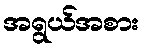
အရွယ်အစား